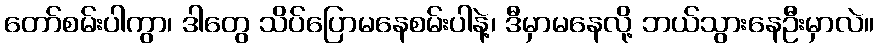
တော်စမ်းပါကွာ၊ ဒါတွေ သိပ်ပြောမနေစမ်းပါနဲ့၊ ဒီမှာမနေလို့ ဘယ်သွားနေဦးမှာလဲ။